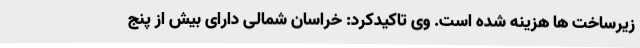
زیرساخت ها هزینه شده است. وی تاکیدکرد: خراسان شمالی دارای بیش از پنج